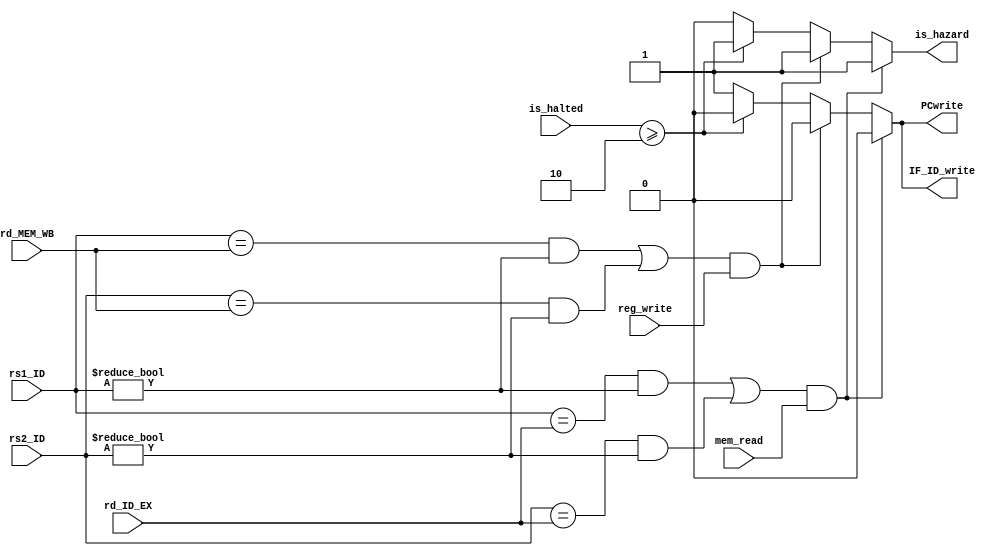

module hazardDetection(
    input [31:0] rs1_ID,
    input [31:0] rs2_ID,
    input [31:0] rd_MEM_WB,
    input [31:0] rd_ID_EX,
    input mem_read,
    input reg_write,
    input [1:0]is_halted,
    output reg PCwrite,
    output reg IF_ID_write,
    output reg is_hazard
    );

    wire USE_rs1;
    wire USE_rs2;

    assign USE_rs1 = rs1_ID!=0;
    assign USE_rs2 = rs2_ID!=0;
    
    always @(*) begin
        //one stall for Load instruction
        if ((((rs1_ID == rd_ID_EX) && USE_rs1) || ((rs2_ID == rd_ID_EX) && USE_rs2)) && mem_read) begin
            PCwrite = 0;
            IF_ID_write = 0;
            is_hazard = 1;
        end
        //one stall because there is no internal forwarding
        else if ((((rs1_ID==rd_MEM_WB) && USE_rs1) || ((rs2_ID==rd_MEM_WB) && USE_rs2)) && reg_write) begin
            PCwrite = 0;
            IF_ID_write = 0;
            is_hazard = 1;
        end
        else if(is_halted >= 2) begin
            PCwrite=0;
            IF_ID_write=0;
            is_hazard=1;
        end
        else begin
            PCwrite = 1;
            IF_ID_write = 1;
            is_hazard = 0;
        end
    end

endmodule